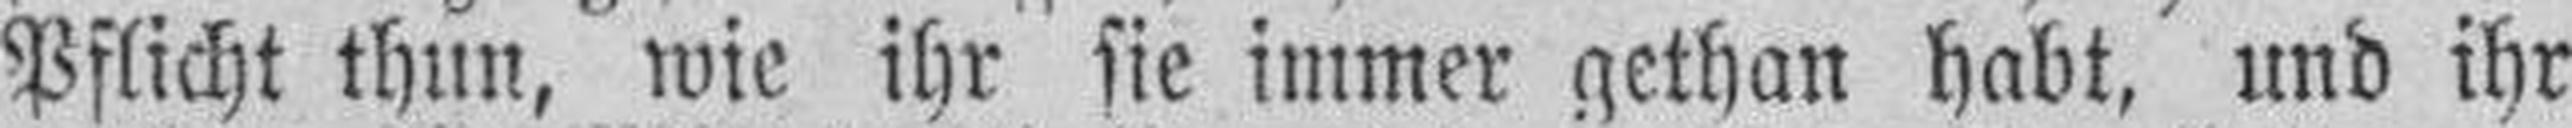
Pflicht thun, wie ihr sie immer gethan habt, und ihr